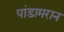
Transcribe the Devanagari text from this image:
पांडामरान